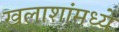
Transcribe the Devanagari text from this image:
खलाशांमध्ये